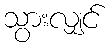
သွားလျှင်